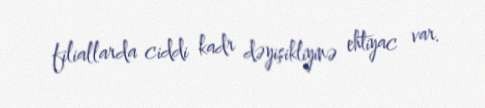
filiallarda ciddi kadr dəyişikliyinə ehtiyac var.